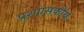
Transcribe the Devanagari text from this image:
प्रशाासकीय